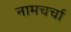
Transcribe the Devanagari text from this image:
नामचर्चा